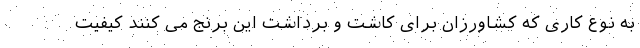
به نوع کاری که کشاورزان برای کاشت و برداشت این برنج می کنند کیفیت